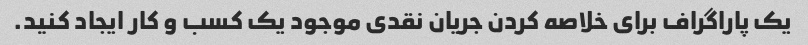
یک پاراگراف برای خلاصه کردن جریان نقدی موجود یک کسب و کار ایجاد کنید.